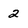
Character: 2